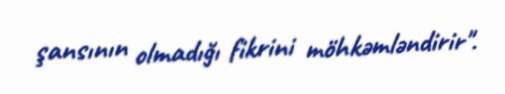
şansının olmadığı fikrini möhkəmləndirir".